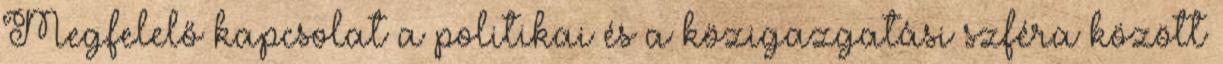
Megfelelő kapcsolat a politikai és a közigazgatási szféra között